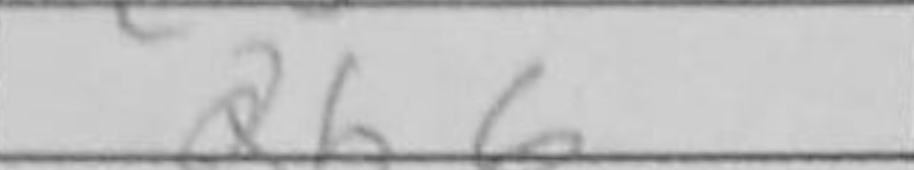
Transcription: Qb6